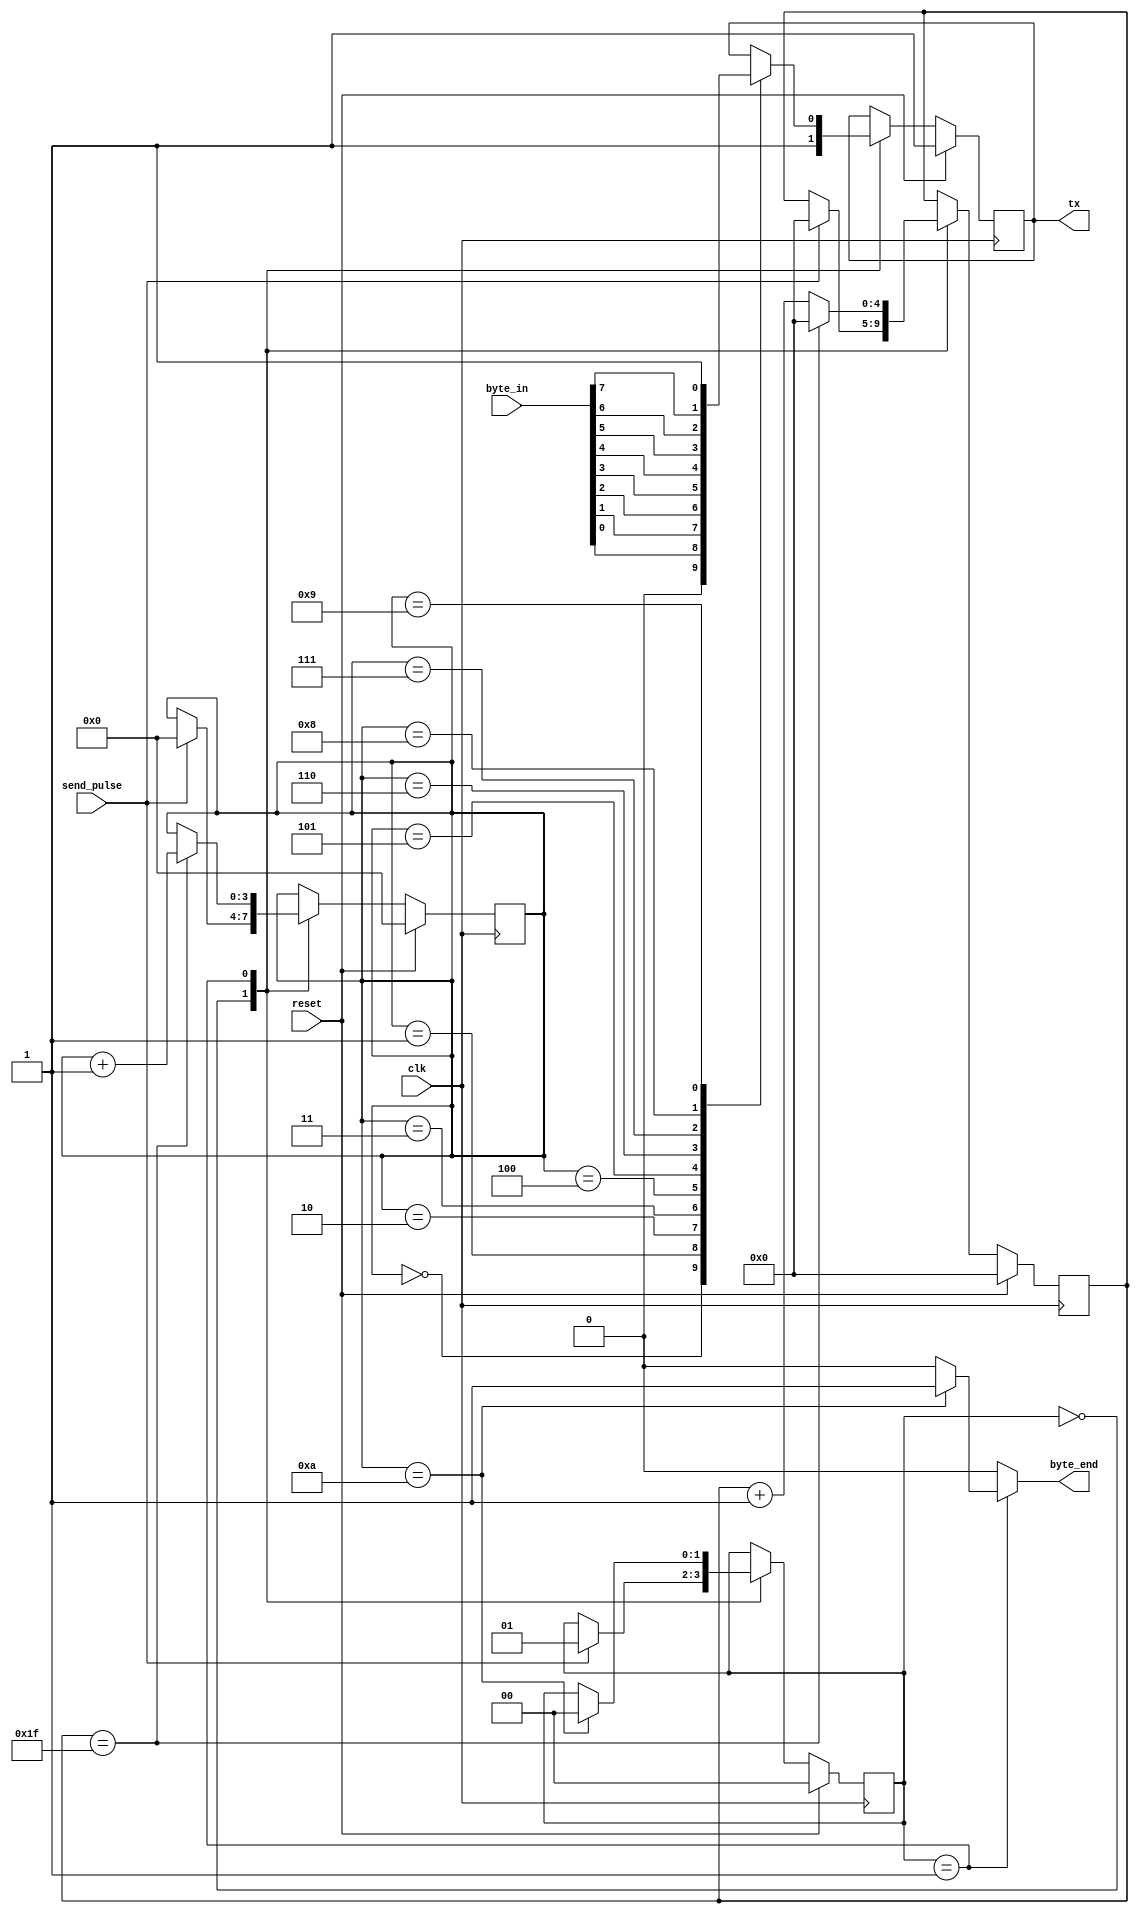
//////////////////////////////////////////////////////////////////////////////////
// Company: 
// Engineer: 
// 
// Design Name: 
// Module Name: uart_sm_tx
// Project Name: 
// Target Devices: 
// Tool Versions: 
// Description: 
// 
// Dependencies: 
// 
// Revision:
// Revision 0.01 - File Created
// Additional Comments:
// 
//////////////////////////////////////////////////////////////////////////////////


module uart_sm_tx(
    input wire clk,
    input wire reset,
    input wire send_pulse,
    input wire [7:0] byte_in,
    output reg tx,
    output reg byte_end
);
    
    //Tx --------------------------------------------------------------------------------------------------
    
    reg pre_tx;
    
    always @(posedge clk) begin
        if(reset) tx <= 1;
        else tx <= pre_tx;
    end
    
    //cycles count --------------------------------------------------------------------------------------------------
    
    reg [4:0] count;
    reg [4:0] pre_count;
    
    always @(posedge clk) begin
        if(reset) count <= 0;
        else count <= pre_count;
    end
    
    //bit count --------------------------------------------------------------------------------------------------
    
    reg [3:0] bit_count;
    reg [3:0] pre_bit_count;
    
    always @(posedge clk) begin
        if(reset) bit_count <= 0;
        else bit_count <= pre_bit_count;
    end
    
    // STATE MACHINE %%%%%%%%%%%%%%%%%%%%%%%%%%%%%%%%%%%%%%%%%%%%%%%%%%%
    
    localparam IDLE = 0;
    localparam SEND = 1;
    localparam WAITB = 2;
    
    reg [1:0] state;
    reg [1:0] next_state;
    
    always @(posedge clk) begin
        if(reset) state<= IDLE;
        else state <= next_state;
    end
    
    always @(*) begin
        next_state = state;
        pre_count = count;
        pre_bit_count = bit_count;
        pre_tx = tx;
        byte_end = 0;
        case(state)
            IDLE: begin
                pre_tx = 1;
                if(send_pulse == 1) begin
                    pre_bit_count = 0;
                    pre_count = 0;
                    next_state = SEND;
                end
            end
            
            SEND: begin
                pre_count = count + 1;
                if(count == 31) begin
                    pre_bit_count = bit_count + 1;
                    pre_count = 0;
                end
                case(bit_count)
                    0: begin
                        pre_tx = 0;
                    end
                    1: begin
                        pre_tx = byte_in[0];
                    end
                    2: begin
                        pre_tx = byte_in[1];
                    end
                    3: begin
                        pre_tx = byte_in[2];
                    end
                    4: begin
                        pre_tx = byte_in[3];
                    end
                    5: begin
                        pre_tx = byte_in[4];
                    end
                    6: begin
                        pre_tx = byte_in[5];
                    end
                    7: begin
                        pre_tx = byte_in[6];
                    end
                    8: begin
                        pre_tx = byte_in[7];
                    end
                    9: begin
                        pre_tx = 1;
                    end
                    10: begin
                        next_state = IDLE;
                        byte_end = 1;
                    end
                endcase
            end
        endcase
    end
endmodule